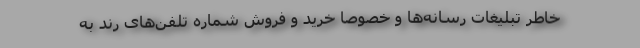
خاطر تبلیغات رسانه‌ها و خصوصاً خرید و فروش شماره تلفن‌های رُند به